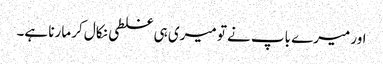
اور میرے باپ نے تو میری ہی غلطی نکال کر مارنا ہے۔